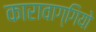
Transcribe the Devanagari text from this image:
कारावाग्गियो